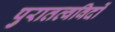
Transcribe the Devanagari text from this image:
पुरातत्‍वविदों